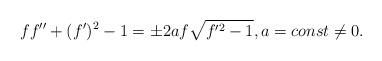
LaTeX: \begin{align*} f f''+(f')^2 - 1= \pm 2a f \sqrt{f'^2 - 1}, a = const \neq 0.\end{align*}